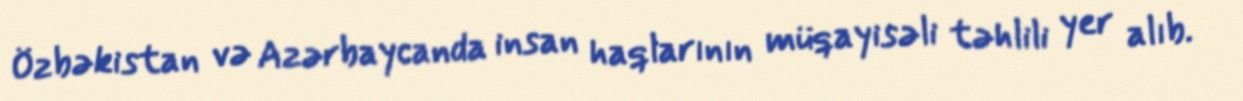
Özbəkistan və Azərbaycanda insan haqlarının müqayisəli təhlili yer alıb.